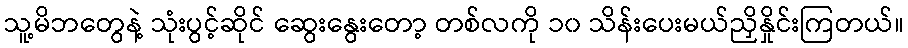
သူ့မိဘတွေနဲ့ သုံးပွင့်ဆိုင် ဆွေးနွေးတော့ တစ်လကို ၁၀ သိန်းပေးမယ်ညှိနှိုင်းကြတယ်။